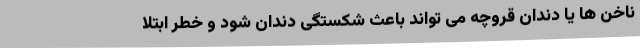
ناخن ها یا دندان قروچه می تواند باعث شکستگی دندان شود و خطر ابتلا